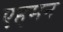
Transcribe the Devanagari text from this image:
एहमन